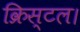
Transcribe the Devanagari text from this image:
क्रिस्टल।